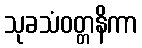
သုခသံဝတ္တနိကာ